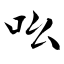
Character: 吆